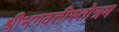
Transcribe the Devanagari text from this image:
श्रीभगवतीस्तोत्रम